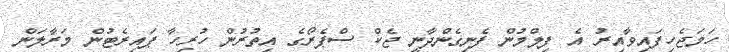
ހަމަޖެހިފައިވާއިރު އެ ފިލްމުން ފެނިގެންދާނީ ޖެކް ސްޕެރޯގެ އިތުރުން ހުރިހާ ޕައިރެޓުން މަރާލަން